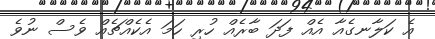
އެ ކަލާނގެއާ އެއް ފަދަ ބާރެއް ހުރި ހަމަ އެކެއްޗެއް ވެސް ނުވެ